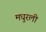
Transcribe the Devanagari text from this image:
मधुरली